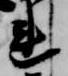
連